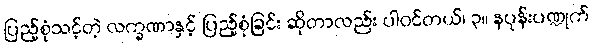
ပြည့်စုံသင့်တဲ့ လက္ခဏာနှင့် ပြည့်စုံခြင်း ဆိုတာလည်း ပါဝင်တယ်၊ ၃။ နပုန်းပဏ္ဍုက်